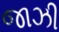
જાઝી